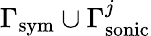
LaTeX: \Gamma_{\mathrm{sym}}\cup\Gamma_{\mathrm{sonic}}^{j}